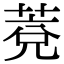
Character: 𦳆